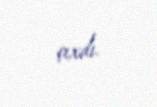
çıxdı.